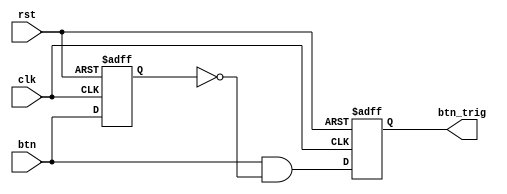
`timescale 1ns / 1ps
//////////////////////////////////////////////////////////////////////////////////
// Company: 
// Engineer: 
// 
// Design Name: 
// Module Name: oneshot_universal
// Project Name: 
// Target Devices: 
// Tool Versions: 
// Description: 
// 
// Dependencies: 
// 
// Revision:
// Revision 0.01 - File Created
// Additional Comments:
// 
//////////////////////////////////////////////////////////////////////////////////


module oneshot_universal(clk, rst, btn, btn_trig);
parameter WIDTH = 1;
input clk, rst, btn;
reg [WIDTH-1:0] btn_reg;
output reg [WIDTH-1:0] btn_trig;

always @(negedge rst or posedge clk) begin
    if(!rst) begin
        btn_reg <= {WIDTH{1'b0}};
        btn_trig <= {WIDTH{1'b0}};
    end
    else begin
        btn_reg <= btn;
        btn_trig <= btn & ~btn_reg;
    end
end

endmodule